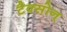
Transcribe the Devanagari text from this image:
टैक्सोन्